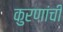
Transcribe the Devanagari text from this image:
कुरणांची